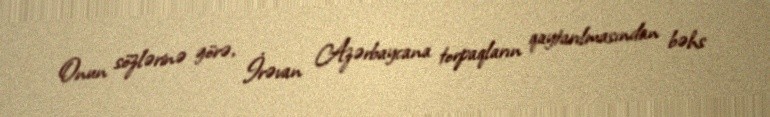
Onun sözlərinə görə, İrəvan Azərbaycana torpaqların qaytarılmasından bəhs